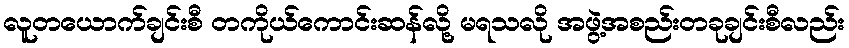
လူတယောက်ချင်းစီ တကိုယ်ကောင်းဆန်လို့ မရသလို အဖွဲ့အစည်းတခုချင်းစီလည်း